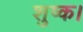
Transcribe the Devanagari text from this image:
शुष्क।